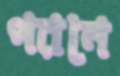
পরনে